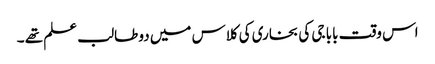
اس وقت بابا جی کی بخاری کی کلاس میں دو طالب علم تھے ۔